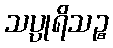
သပ္ပုရိသဉ္စ